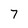
Character: 7